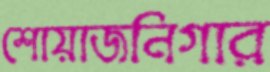
শোয়াজনিগার